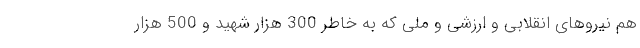
هم نیروهای انقلابی و ارزشی و ملی که به خاطر 300 هزار شهید و 500 هزار